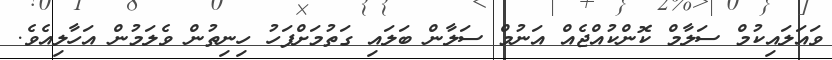
ވައަލައިކުމް ސަލާމް ކޮންކުއްޖެއް އަނުމް ސަލާން ބަލައި ގަތުމަށްފަހު ހިނިތުން ވެލަމުން އަހާލިއެވެ.